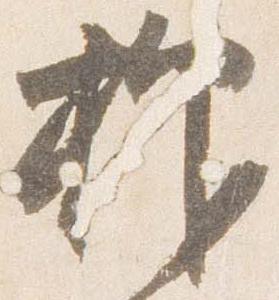
抑